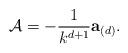
LaTeX: \begin{align*}{\cal A} = -{1 \over k^{d+1}}{\bf a}_{(d)} .\end{align*}